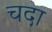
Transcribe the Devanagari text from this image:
चदा